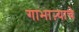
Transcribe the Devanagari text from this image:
गाभाऱ्याचे